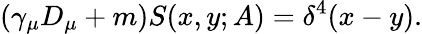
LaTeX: (\gamma_{\mu}D_{\mu}+m)S(x,y;A)=\delta^{4}(x-y).